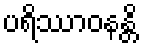
ပရိဿာဝနန္တိ